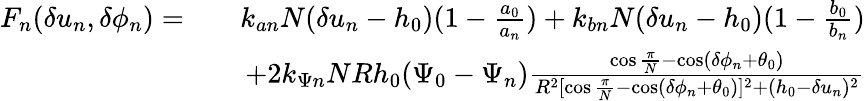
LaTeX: \begin{array}{rlr}{F_{n}(\delta u_{n},\delta\phi_{n})=}&{}&{k_{an}N(\delta u_{n}-h_{0})(1-\frac{a_{0}}{a_{n}})+k_{bn}N(\delta u_{n}-h_{0})(1-\frac{b_{0}}{b_{n}})}\\ &{}&{+2k_{\Psi n}NRh_{0}(\Psi_{0}-\Psi_{n})\frac{\cos\frac{\pi}{N}-\cos(\delta\phi_{n}+\theta_{0})}{R^{2}[\cos\frac{\pi}{N}-\cos(\delta\phi_{n}+\theta_{0})]^{2}+(h_{0}-\delta u_{n})^{2}}}\end{array}